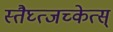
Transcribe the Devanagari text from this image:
स्तैघ्त्जच्केत्स्